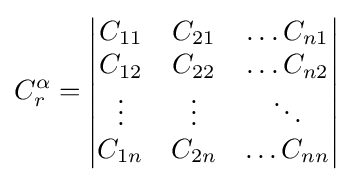
C_{r}^{\alpha }={\begin{vmatrix}C_{11}&C_{21}&\dots C_{n1}\\C_{12}&C_{22}&\dots C_{n2}\\\vdots &\vdots &\ddots \\C_{1n}&C_{2n}&\dots C_{nn}\\\end{vmatrix}}